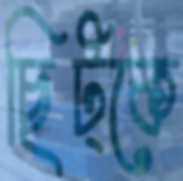
ছিট্‌কে